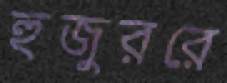
হুজুররে